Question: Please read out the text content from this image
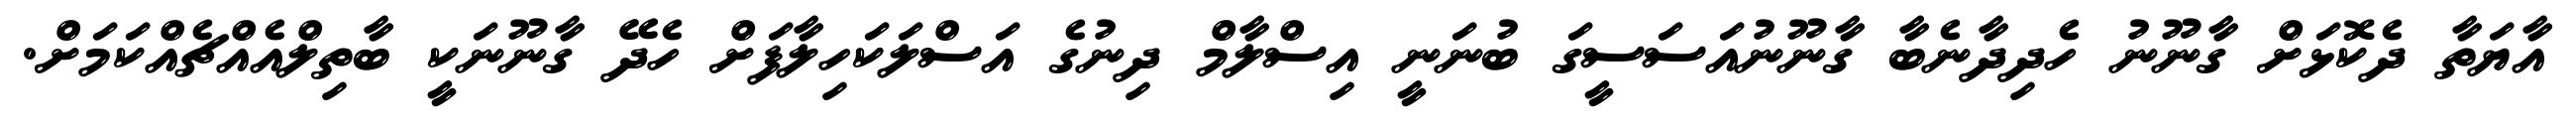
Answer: އާޔަތާ ދެކޮޅަށް ގާނޫނު ހެދިދާނެބާ ގާނޫނުއަސަސީގަ ބުނަނީ އިސްލާމް ދިނުގެ އަސްލަކަހިލާފަށް ހެދޭ ގާނޫނަކީ ބާތިލްއެއްޗެއްކަމަށް.